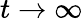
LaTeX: t\to\infty